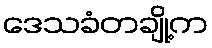
ဒေသခံတချို့က